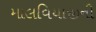
માલવિયાજીની